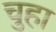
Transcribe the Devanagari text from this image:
चुहा